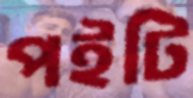
পইটি